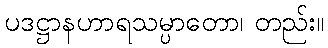
ပဒဋ္ဌာနဟာရသမ္ပာတော၊ တည်း။